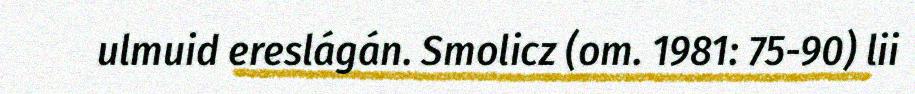
ulmuid ereslágán. Smolicz (om. 1981: 75-90) lii